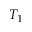
T _ { 1 }